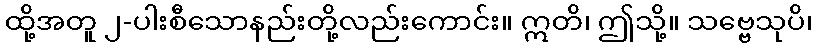
ထို့အတူ ၂-ပါးစီသောနည်းတို့လည်းကောင်း။ ဣတိ၊ ဤသို့။ သဗ္ဗေသုပိ၊